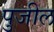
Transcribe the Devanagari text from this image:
पुजील